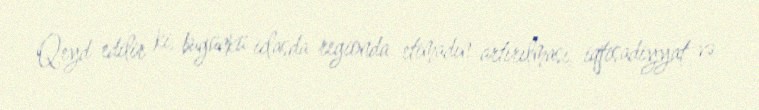
Qeyd edilir ki, bugünkü iclasda regionda etimadın artırılması, iqtisadiyyat və